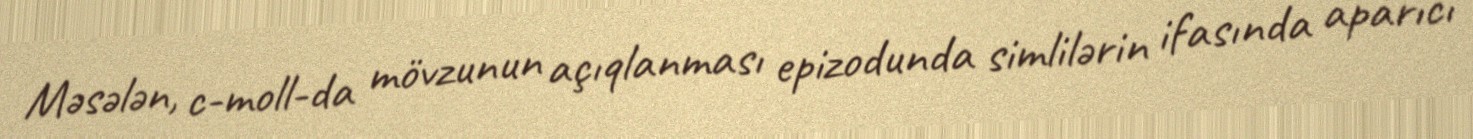
Məsələn, c-moll-da mövzunun açıqlanması epizodunda simlilərin ifasında aparıcı